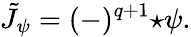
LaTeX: \tilde{J}_{\psi}=(-)^{q+1}{\star\psi}.